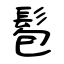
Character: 髱